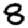
Digit: 8